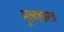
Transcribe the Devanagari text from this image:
मूलशास्त्र